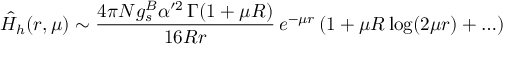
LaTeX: \hat { H } _ { h } ( r , \mu ) \sim \frac { 4 \pi N g _ { s } ^ { B } \alpha ^ { \prime 2 } \, { \Gamma ( 1 + \mu R ) } } { 1 6 R r } \, e ^ { - \mu r } \, ( 1 + \mu R \log ( 2 \mu r ) + \ldots )